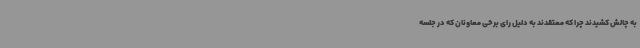
به چالش کشیدند چرا که معتقدند به دلیل رای برخی معاونان که در جلسه